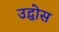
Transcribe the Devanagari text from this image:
उद्घोस